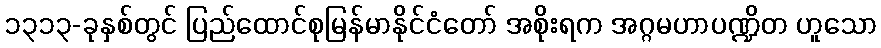
၁၃၁၃-ခုနှစ်တွင် ပြည်ထောင်စုမြန်မာနိုင်ငံတော် အစိုးရက အဂ္ဂမဟာပဏ္ဍိတ ဟူသော